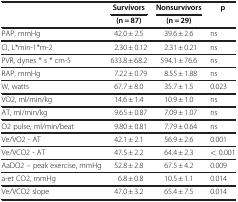
|  | Survivors | Nonsurvivors | p |
 |  | (n = 87) | (n = 29) |  |
 | --- | --- | --- | --- |
 | PAP, mmHg | 42.0 ± 2.5 | 39.6 ± 2.6 | ns |
 | CI, L*min-1*m-2 | 2.30 ± 0.12 | 2.31 ± 0.21 | ns |
 | PVR, dynes * s * cm-5 | 633.8 ± 68.2 | 594.1 ± 76.6 | ns |
 | RAP, mmHg | 7.22 ± 0.79 | 8.55 ± 1.88 | ns |
 | W, watts | 67.7 ± 8.0 | 35.7 ± 1.5 | 0.023 |
 | VO2, ml/min/kg | 14.6 ± 1.4 | 10.9 ± 1.0 | ns |
 | AT, ml/min/kg | 9.65 ± 0.87 | 7.09 ± 1.07 | ns |
 | O2 pulse, ml/min/beat | 9.80 ± 0.81 | 7.79 ± 0.64 | ns |
 | Ve/VO2 - AT | 42.1 ± 2.1 | 56.9 ± 2.6 | 0.001 |
 | Ve/VCO2 - AT | 47.5 ± 2.2 | 64.4 ± 2.3 | < 0.001 |
 | AaDO2 – peak exercise, mmHg | 52.8 ± 2.8 | 67.5 ± 4.2 | 0.009 |
 | a-et CO2, mmHg | 6.8 ± 0.8 | 10.5 ± 1.1 | 0.014 |
 | Ve/VCO2 slope | 47.0 ± 3.2 | 65.4 ± 7.5 | 0.014 |